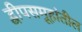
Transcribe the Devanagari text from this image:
द्वीपसमूहांतील